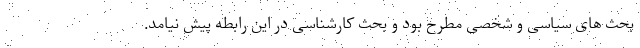
بحث های سیاسی و شخصی مطرح بود و بحث کارشناسی در این رابطه پیش نیامد.